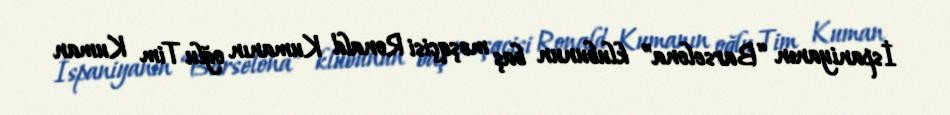
İspaniyanın “Barselona” klubunun baş məşqçisi Ronald Kumanın oğlu Tim Kuman